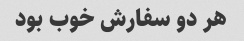
هر دو سفارش خوب بود